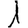
Digit: 1